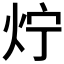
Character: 𤆼